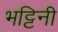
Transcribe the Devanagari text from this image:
भट्टिनी